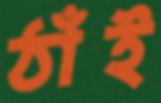
ঠাঁই